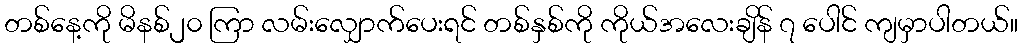
တစ်နေ့ကို မိနစ်၂၀ ကြာ လမ်းလျှောက်ပေးရင် တစ်နှစ်ကို ကိုယ်အလေးချိန် ၇ ပေါင် ကျမှာပါတယ်။